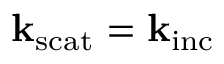
\mathbf { k } _ { \mathrm { s c a t } } = \mathbf { k } _ { \mathrm { i n c } }